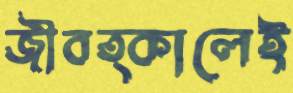
জীবত্কালেই